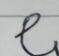
Signature authenticity: forged